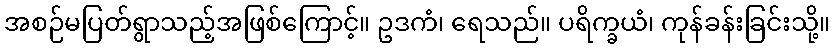
အစဉ်မပြတ်ရွာသည့်အဖြစ်ကြောင့်။ ဥဒကံ၊ ရေသည်။ ပရိက္ခယံ၊ ကုန်ခန်းခြင်းသို့။